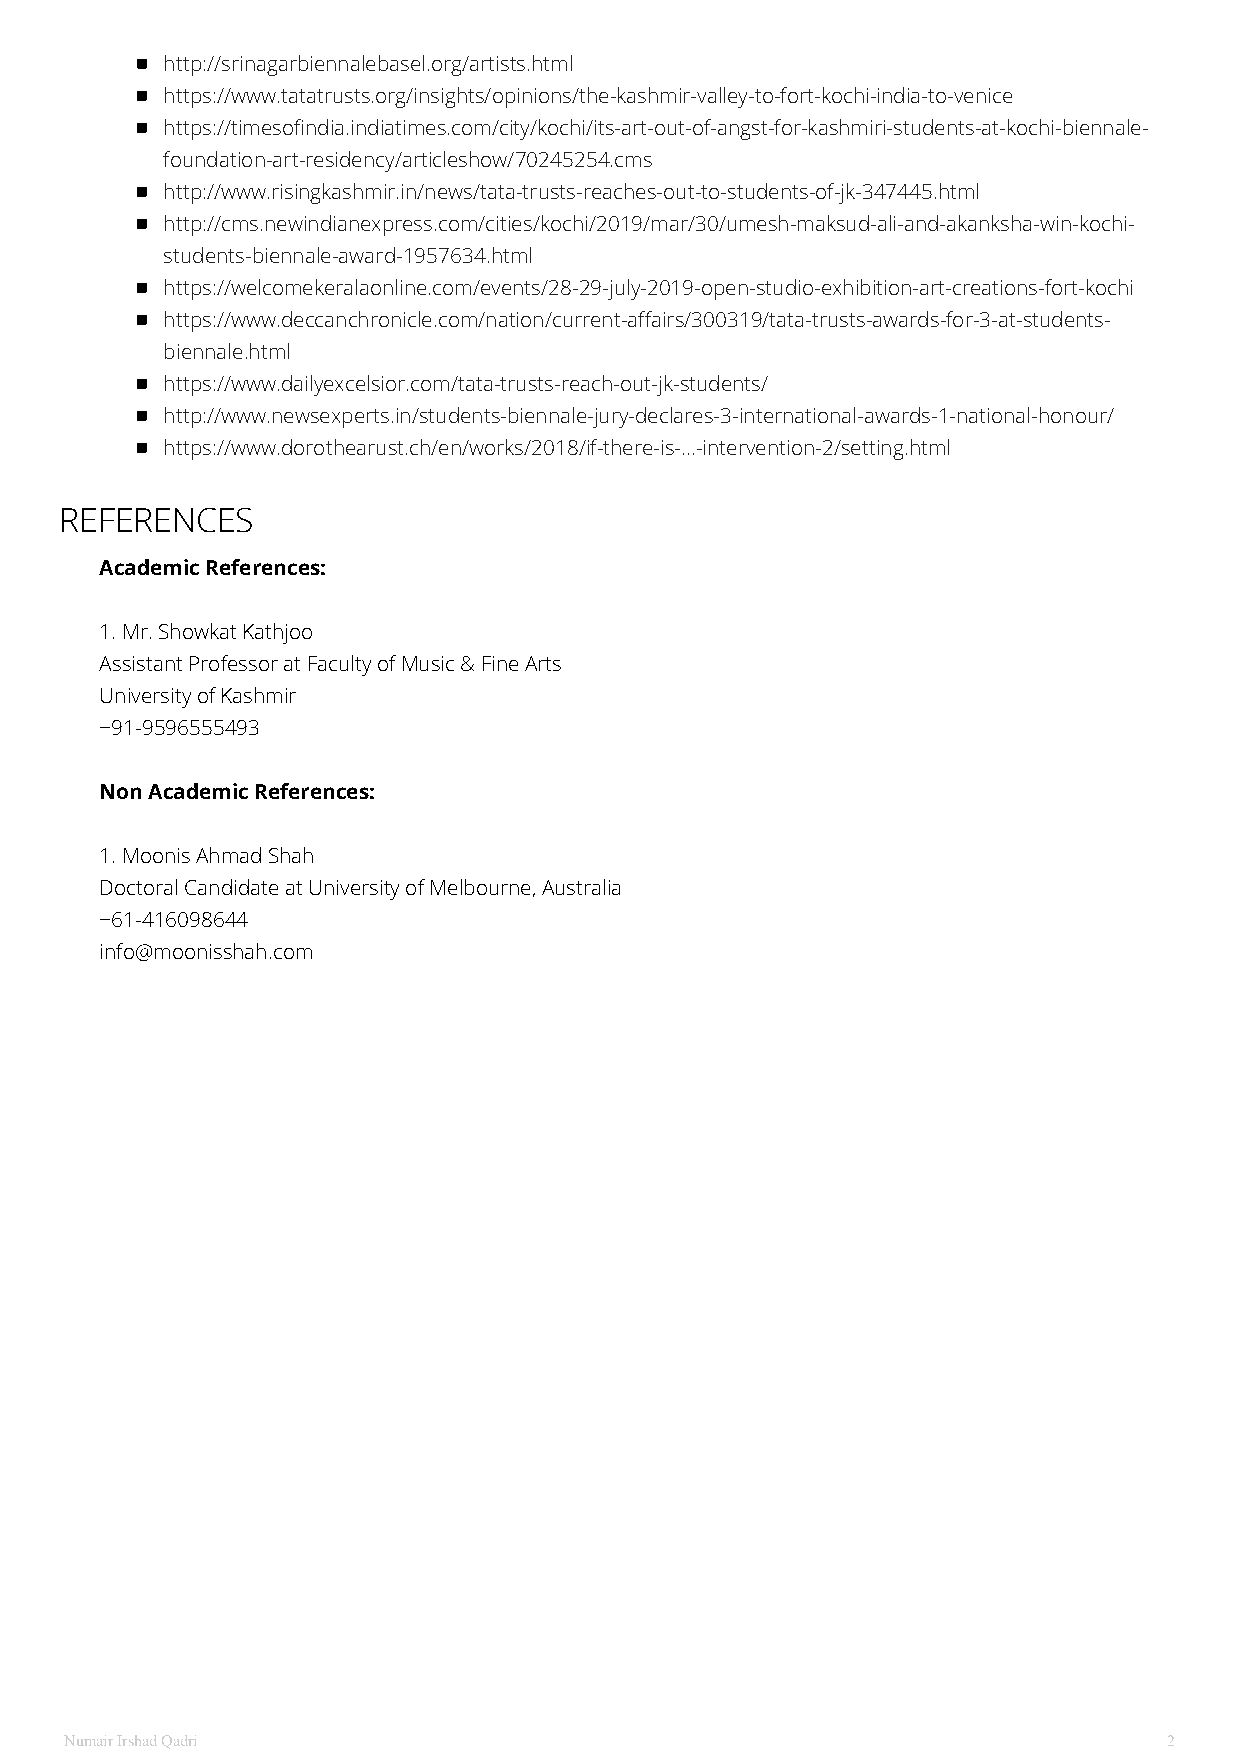
http://srinagarbiennalebasel.org/artists.html
 https://www.tatatrusts.org/insights/opinions/the-kashmir-valley-to-fort-kochi-india-to-venice
 https://timesofindia.indiatimes.com/city/kochi/its-art-out-of-angst-for-kashmiri-students-at-kochi-biennale-
 foundation-art-residency/articleshow/70245254.cms
 http://www.risingkashmir.in/news/tata-trusts-reaches-out-to-students-of-jk-347445.html
 http://cms.newindianexpress.com/cities/kochi/2019/mar/30/umesh-maksud-ali-and-akanksha-win-kochi-
 students-biennale-award-1957634.html
 https://welcomekeralaonline.com/events/28-29-july-2019-open-studio-exhibition-art-creations-fort-kochi
 https://www.deccanchronicle.com/nation/current-affairs/300319/tata-trusts-awards-for-3-at-students-
 biennale.html
 https://www.dailyexcelsior.com/tata-trusts-reach-out-jk-students/
 http://www.newsexperts.in/students-biennale-jury-declares-3-international-awards-1-national-honour/
 https://www.dorothearust.ch/en/works/2018/if-there-is-...-intervention-2/setting.html
 REFERENCES
 Academic References:
 1. Mr. Showkat Kathjoo
 Assistant Professor at Faculty of Music & Fine Arts
 University of Kashmir
 +91-9596555493
 Non Academic References:
 1. Moonis Ahmad Shah
 Doctoral Candidate at University of Melbourne, Australia
 +61-416098644
 info@moonisshah.com
 Numair Irshad Qadri                                                      2